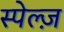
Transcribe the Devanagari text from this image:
स्पेल्ज़